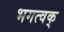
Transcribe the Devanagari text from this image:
भगत्वक्